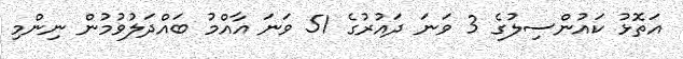
އަތޮޅު ކައުންސިލުގެ 3 ވަނަ ދައުރުގެ 51 ވަނަ އާއްމު ބައްދަލުވުމުން ނިންމި